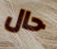
حال